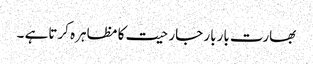
بھارت باربار جارحیت کا مظاہرہ کرتاہے ۔